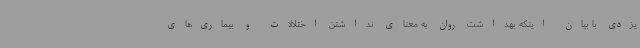
یزدی با بیان اینکه بهداشت روان به معنای نداشتن اختلالات و بیماری‌های